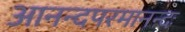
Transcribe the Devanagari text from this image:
आनन्दपरमानन्दः